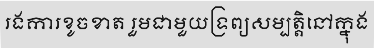
រងការខូចខាត រួមជាមួយទ្រព្យសម្បត្តិនៅក្នុង